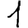
Digit: 1